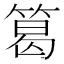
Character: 䈓